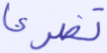
تضرعا